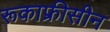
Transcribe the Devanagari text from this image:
रूकाफ्रीसीन